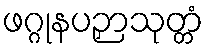
ဖဂ္ဂုနပဉှာသုတ္တံ